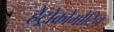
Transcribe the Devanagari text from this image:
हेट्रोक्रोमौटिन